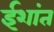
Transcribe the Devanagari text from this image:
ईशांत